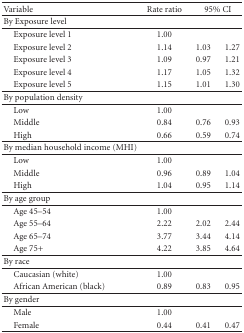
<table><thead><tr><td><b> Variable</b></td><td><b>Rate ratio</b></td><td colspan="2"><b>95% CI</b></td></tr><tr><td><b>By Exposure level</b></td><td></td><td></td><td></td></tr></thead><tbody><tr><td>Exposure level 1</td><td>1.00</td><td></td><td></td></tr><tr><td>Exposure level 2</td><td>1.14</td><td>1.03</td><td>1.27</td></tr><tr><td>Exposure level 3</td><td>1.09</td><td>0.97</td><td>1.21</td></tr><tr><td>Exposure level 4</td><td>1.17</td><td>1.05</td><td>1.32</td></tr><tr><td>Exposure level 5</td><td>1.15</td><td>1.01</td><td>1.30</td></tr><tr><td>By population density</td><td></td><td></td><td></td></tr><tr><td> Low</td><td>1.00</td><td></td><td></td></tr><tr><td> Middle</td><td>0.84</td><td>0.76</td><td>0.93</td></tr><tr><td> High</td><td>0.66</td><td>0.59</td><td>0.74</td></tr><tr><td>By median household income (MHI)</td><td></td><td></td><td></td></tr><tr><td> Low</td><td>1.00</td><td></td><td></td></tr><tr><td> Middle</td><td>0.96</td><td>0.89</td><td>1.04</td></tr><tr><td> High</td><td>1.04</td><td>0.95</td><td>1.14</td></tr><tr><td>By age group</td><td></td><td></td><td></td></tr><tr><td> Age 45–54</td><td>1.00</td><td></td><td></td></tr><tr><td> Age 55–64</td><td>2.22</td><td>2.02</td><td>2.44</td></tr><tr><td> Age 65–74</td><td>3.77</td><td>3.44</td><td>4.14</td></tr><tr><td> Age 75+</td><td>4.22</td><td>3.85</td><td>4.64</td></tr><tr><td>By race</td><td></td><td></td><td></td></tr><tr><td> Caucasian (white)</td><td>1.00</td><td></td><td></td></tr><tr><td> African American (black)</td><td>0.89</td><td>0.83</td><td>0.95</td></tr><tr><td>By gender</td><td></td><td></td><td></td></tr><tr><td> Male</td><td>1.00</td><td></td><td></td></tr><tr><td> Female</td><td>0.44</td><td>0.41</td><td>0.47</td></tr></tbody></table>